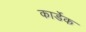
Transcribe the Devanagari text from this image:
कार्डेक